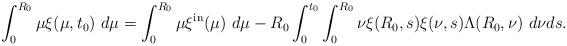
LaTeX: \begin{align*}\int_{0}^{R_{0}}\mu\xi(\mu,t_{0})\ d\mu=\int_{0}^{R_{0}}\mu\xi^{\mathrm{in}}(\mu)\ d\mu-R_{0}\int_{0}^{t_{0}}\int_{0}^{R_{0}}\nu\xi(R_{0},s)\xi(\nu,s)\Lambda(R_{0},\nu)\ d\nu ds.\end{align*}